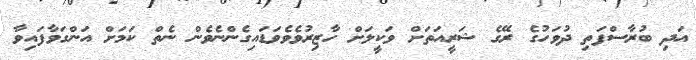
އަދި ބުރާސްފަތި ދުވަހުގެ ރޭގެ ޝަރީއަތަށް ވަކީލަށް ހާޒިރުވެވެވަޑައިގެންނެވެން ނެތް ކަމަށް އަންގަވާފައިވާ